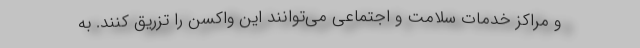
و مراکز خدمات سلامت و اجتماعی می‌توانند این واکسن را تزریق کنند. به